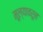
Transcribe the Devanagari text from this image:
मूल्यावरून